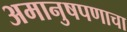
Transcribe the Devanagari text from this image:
अमानुषपणाचा